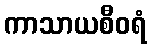
ကာသာယစီဝရံ